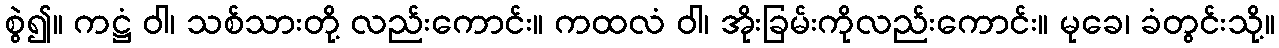
စွဲ၍။ ကဋ္ဌံ ဝါ၊ သစ်သားတို့ လည်းကောင်း။ ကထလံ ဝါ၊ အိုးခြမ်းကိုလည်းကောင်း။ မုခေ၊ ခံတွင်းသို့။